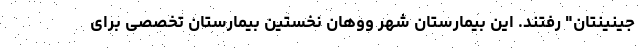
جینینتان" رفتند. این بیمارستان شهر ووهان نخستین بیمارستان تخصصی برای